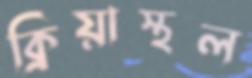
ক্রিয়াস্থল